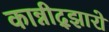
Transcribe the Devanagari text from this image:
कान्नीद्झारो